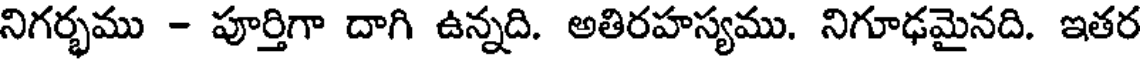
నిగర్భము - పూర్తిగా దాగి ఉన్నది. అతిరహస్యము. నిగూఢమైనది. ఇతర